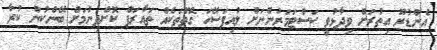
އެންޑުރޫ އިތުރަށް ވިދާޅުވީ ކަސްޓަމަރުންނަށް ލުއިފަސޭހަ ގޮތްތަކެއް ތައާރަފް ކޮށްދިނުމަށް ބޭންކުން ކުރާ